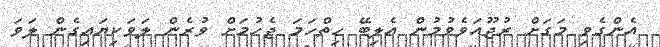
އެންގެވި މަގަށް ރުޖޫއަވެވުމުން އެލިބޭ ހިތްހަމަ ޖެހުމަށް ވުރެން ލަވަކިޔައިގެން ލަވަ